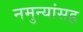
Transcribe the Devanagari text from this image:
नमुन्यांसह